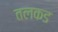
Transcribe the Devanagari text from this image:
तलकड